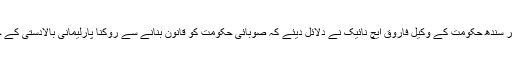
اس موقع پر سندھ حکومت کے وکیل فاروق ایچ نائیک نے دلائل دیئے کہ صوبائی حکومت کو قانون بنانے سے روکنا پارلیمانی بالادستی کے خلاف ہے۔